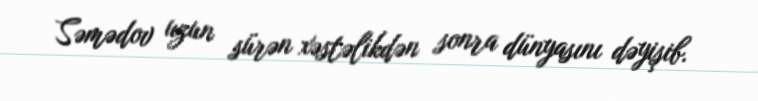
Səmədov uzun sürən xəstəlikdən sonra dünyasını dəyişib.